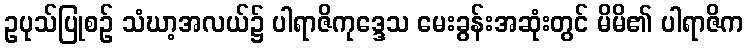
ဥပုသ်ပြုစဉ် သံဃာ့အလယ်၌ ပါရာဇိကုဒ္ဒေသ မေးခွန်းအဆုံးတွင် မိမိ၏ ပါရာဇိက